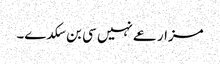
مزارعے نہیں سی بن سکدے۔